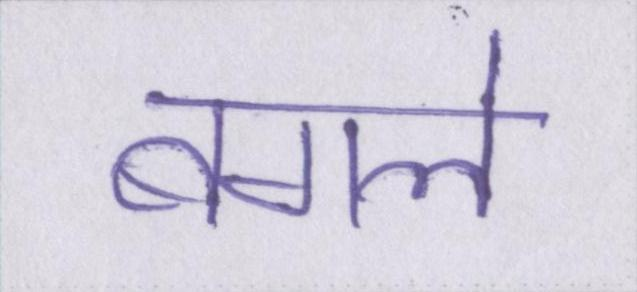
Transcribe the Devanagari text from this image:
बगले